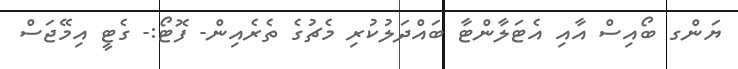
ޔަންގ ބޯއިސް އާއި އެޓަލާންޓާ ބައްދަލުކުރި މެޗުގެ ތެރެއިން- ފޮޓޯ:- ގެޓީ އިމޭޖަސް